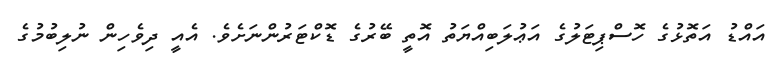
އައްޑު އަތޮޅުގެ ހޮސްޕިޓަލުގެ އަޢުލަބިއްޔަތު އޮތީ ބޭރުގެ ޑޮކްޓަރުންނަށެވެ. އެއީ ދިވެހިން ނުލިބުމުގެ